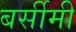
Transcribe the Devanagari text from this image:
बर्सीमी